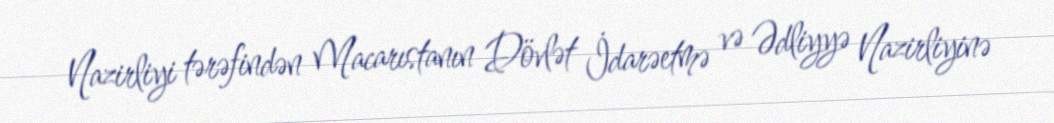
Nazirliyi tərəfindən Macarıstanın Dövlət İdarəetmə və Ədliyyə Nazirliyinə